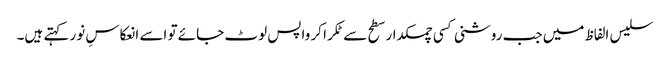
سلیس الفاظ میں جب روشنی کسی چمکدار سطح سے ٹکرا کر واپس لوٹ جائے تو اسے انعکاسِ نور کہتے ہیں۔